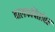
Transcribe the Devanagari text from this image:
बालकवितांवर